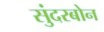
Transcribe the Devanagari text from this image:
सुंदरबोन